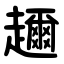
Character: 趰